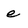
Character: e